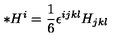
{ \ast } H ^ { i } = \frac { 1 } { 6 } \epsilon ^ { i j k l } H _ { j k l }